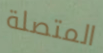
المتصلة